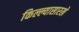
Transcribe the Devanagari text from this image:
किल्ल्यासारखे